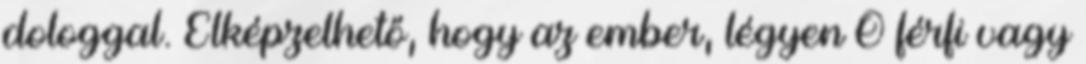
dologgal. Elképzelhető, hogy az ember, légyen Ő férfi vagy